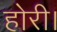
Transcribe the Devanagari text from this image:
होरी।